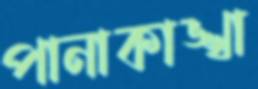
পানাকাঙ্খা